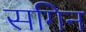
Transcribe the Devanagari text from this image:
सगिन